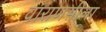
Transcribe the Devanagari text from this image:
वाराणसीला